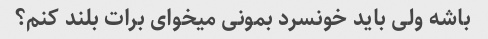
باشه ولی باید خونسرد بمونی میخوای برات بلند کنم؟